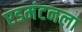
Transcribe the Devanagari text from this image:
एडमंटनला